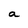
Character: a